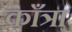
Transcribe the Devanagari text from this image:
काँत्रा